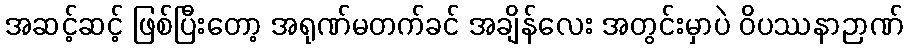
အဆင့်ဆင့် ဖြစ်ပြီးတော့ အရုဏ်မတက်ခင် အချိန်လေး အတွင်းမှာပဲ ဝိပဿနာဉာဏ်